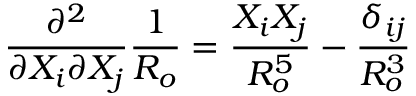
\frac { \partial ^ { 2 } } { \partial X _ { i } \partial X _ { j } } \frac { 1 } { R _ { o } } = \frac { X _ { i } X _ { j } } { R _ { o } ^ { 5 } } - \frac { \delta _ { i j } } { R _ { o } ^ { 3 } }